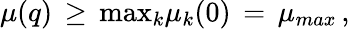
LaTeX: \mu(q)\, \geq\, \mathrm{max}_{k}\mu_{k}(0)\, =\, \mu_{max}\, ,